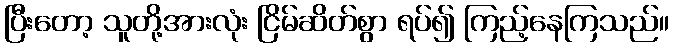
ပြီးတော့ သူတို့အားလုံး ငြိမ်ဆိတ်စွာ ရပ်၍ ကြည့်နေကြသည်။